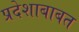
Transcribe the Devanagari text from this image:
प्रदेशाबाबत